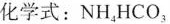
化学式：NH_{4}HCO_{3}